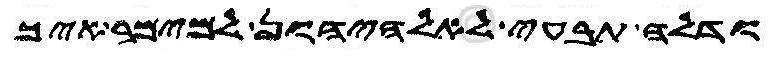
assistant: ודלה תבעי לאלהיהון למימר איך